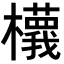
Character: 𣟝